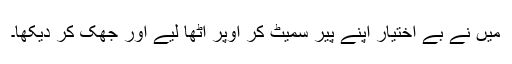
میں نے بے اختیار اپنے پیر سمیٹ کر اوپر اٹھا لیے اور جھک کر دیکھا۔